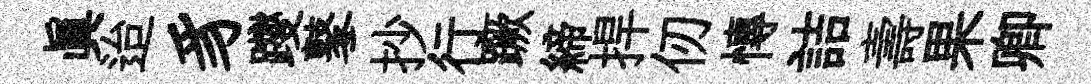
眞迨豸躞鼕抄行蹶締捍仞慱詰壽果卿